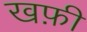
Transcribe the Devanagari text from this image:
खफ़ी